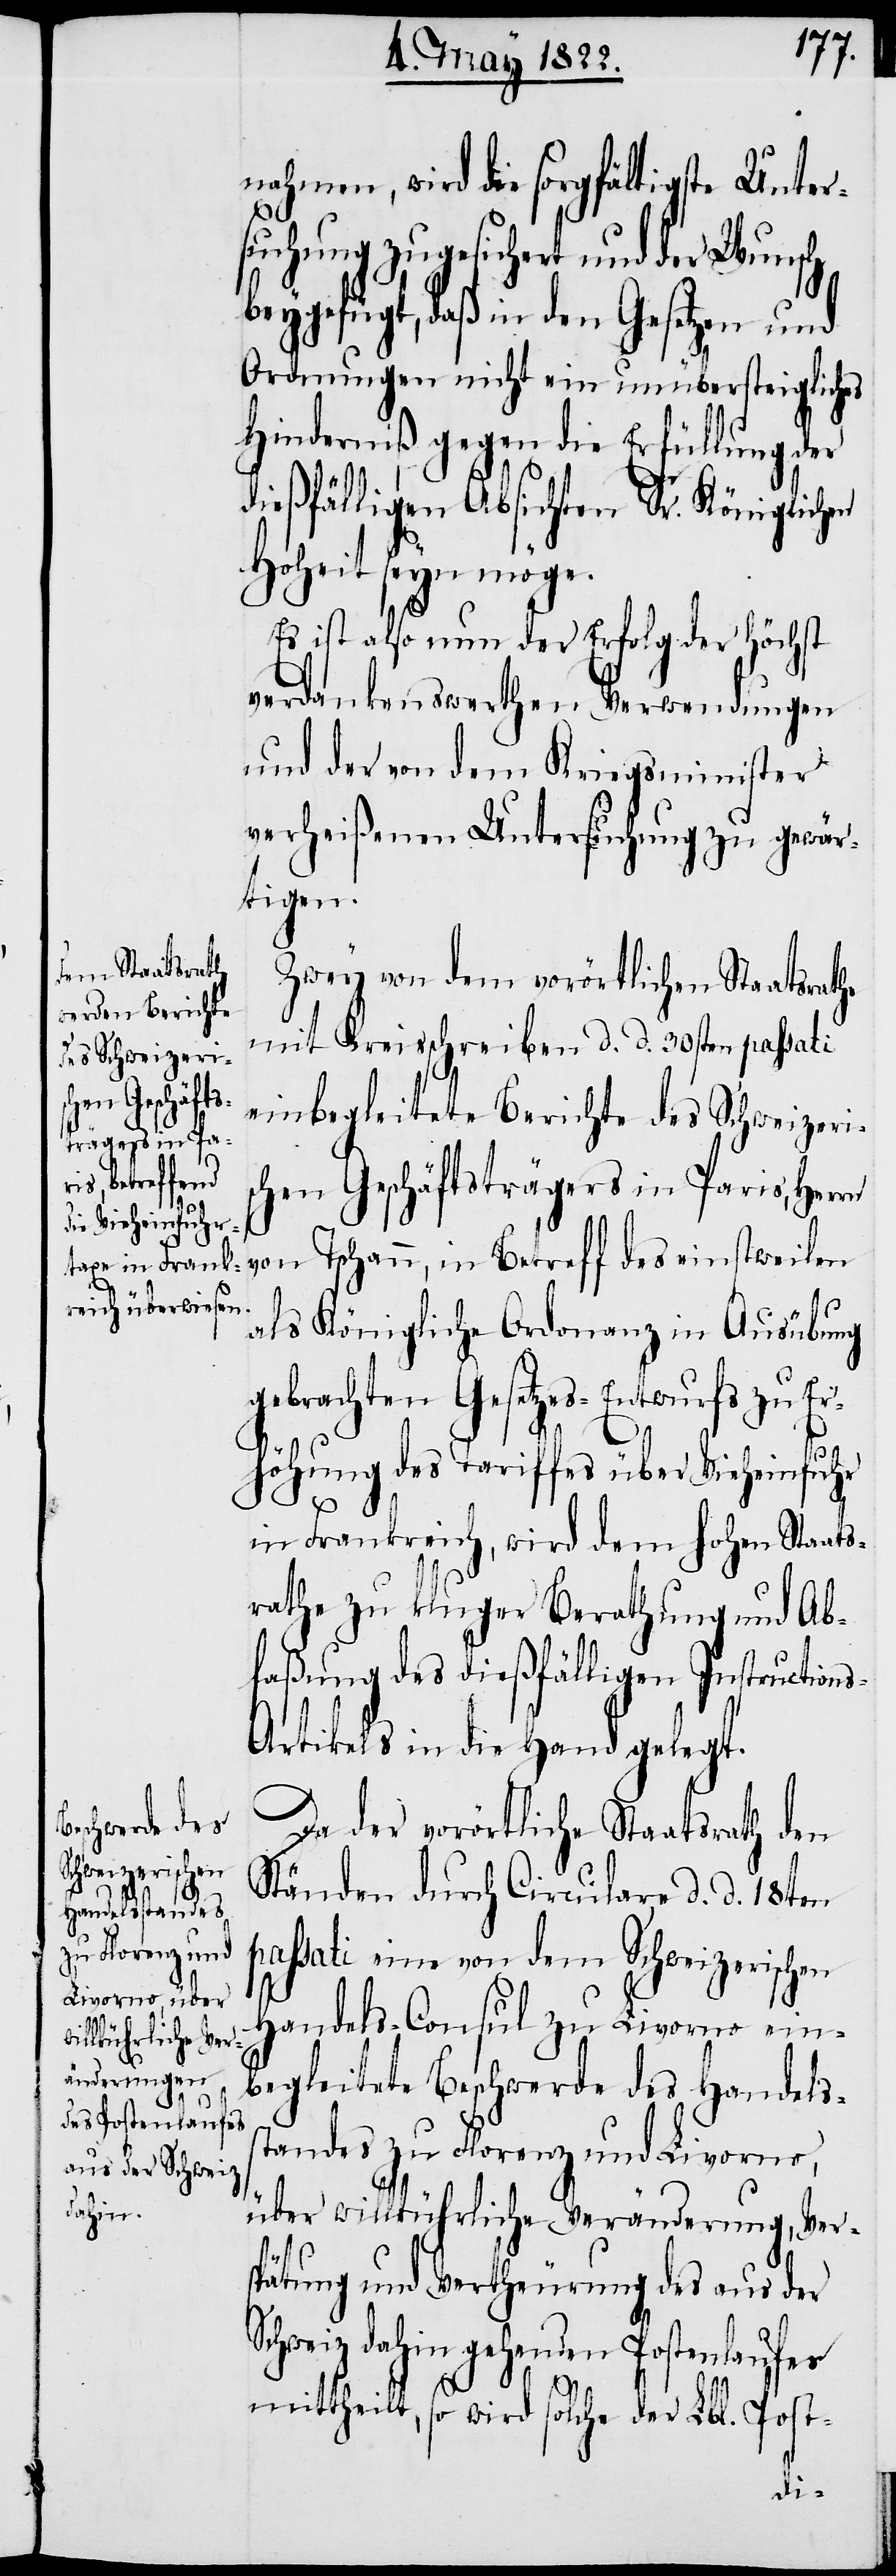
nehmen, wird die sorgfältigste Unter¬
S¬
suchung zugesichert und der Wunsch
eygefügt, daß in den Gesetzen und
Ordnungen nicht ein unübersteigliches
Hinderniß gegen die Erfüllung der
dießfälligen Absichten Sr. Königlichen
Hoheit seyn möge.
Es ist also nun der Erfolg der höchst
verdankenswerthen, Verwendungen
und der von dem Kriegsminister
verheißenen Untersuchung zu gewär¬
tigen.
Zwey von dem vorörtlichen Staatsrathe
mit Kreisschreiben d. d. 30sten passati
einbegleitete Bericht des Schweizeri¬
schen Geschäftsträgers in Paris, Herrn
von Tschann, in Betreff des einstweilen
als Königliche Ordonanz in Ausübung
gebrachten Gesetzes-Entwurfs zu Er¬
höhung des Tarifes über Vieheinfuhr
in Frankreich, wird dem hohen Staats¬
rathe zu kluger Berathung und Ab¬
faßung des dießfälligen Instruction¬
s-Artikels in die Hand gelegt.
Da der vorörtliche Staatsrath den
Ständen durch Circulare d. d. 18ten
passati eine von dem Schweizerischen
Handels-Consul zu Livorno ein¬
begleitete Beschwerde des Handels¬
standes zu Florenz und Livorno,
über willkührliche Veränderung, Ver¬
spätung und Vertheuerung des aus der
chweiz dahin gehenden Postenlaufes
mittheilt, so wird solche der Lbl. Post-